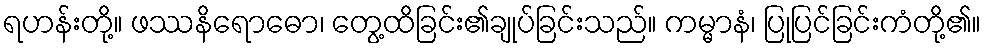
ရဟန်းတို့။ ဖဿနိရောဓော၊ တွေ့ထိခြင်း၏ချုပ်ခြင်းသည်။ ကမ္မာနံ၊ ပြုပြင်ခြင်းကံတို့၏။